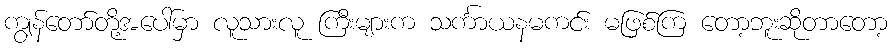
ကျွန်တော်တို့အပေါ်မှာ လူသားလူ ကြီးများက သင်္ကာယနမကင်း မဖြစ်ကြ တော့ဘူးဆိုတာတော့